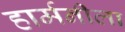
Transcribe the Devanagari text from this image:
हार्मनीला